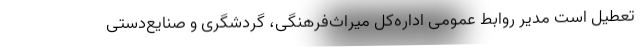
تعطیل است مدیر روابط عمومی اداره‌کل میراث‌فرهنگی، گردشگری و صنایع‌دستی